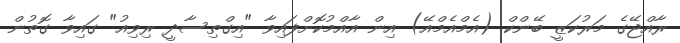
ރާއްޖޭގެ މަރުކަޒީ ބޭންކް (އެމްއެމްއޭ) އިން އާއްމުކޮށްފައިވާ "އިގްތިސާދީ ރިވިއު" ގައިވާ ގޮތުން